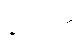
ဖူရှင်းက